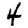
Digit: 4